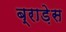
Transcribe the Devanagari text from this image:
ब्राड़ेस